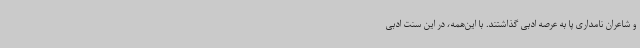
و شاعران نامداری پا به عرصه ادبی گذاشتند. با این‌همه، در این سنت ادبی